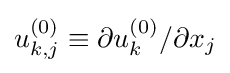
u_{k,j}^{(0)}\equiv \partial u_{k}^{(0)}/\partial x_{j}